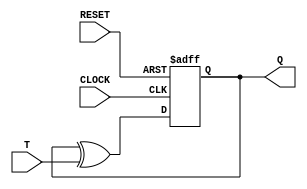
`timescale 1ns / 1ps
//////////////////////////////////////////////////////////////////////////////////
// Company: 
// Engineer: 
// 
// Design Name: 
// Module Name: tflipflop
// Project Name: 
// Target Devices: 
// Tool Versions: 
// Description: 
// 
// Dependencies: 
// 
// Revision:
// Revision 0.01 - File Created
// Additional Comments:
// 
//////////////////////////////////////////////////////////////////////////////////


module tflipflop(
    input CLOCK,
    input RESET,
    input T,
    output reg Q
    );

	


	always @(posedge CLOCK or posedge RESET)
	begin
		if(RESET)
			Q <= 0;
		else 
			Q <= Q ^ T;
	
	end

	initial begin
		Q = 0;
	end
endmodule